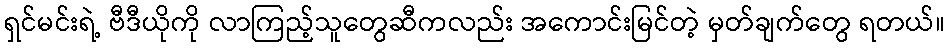
ရှင်မင်းရဲ့ ဗီဒီယိုကို လာကြည့်သူတွေဆီကလည်း အကောင်းမြင်တဲ့ မှတ်ချက်တွေ ရတယ်။